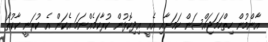
އާންމުން ހިތްހަމަޖައްސަން ކަމަށާއި އެއީ އިދިކޮޅުން ކުރާކަމެއްނަމަ އެކަން އެ ކުރަނީ ކާކުތޯ